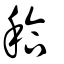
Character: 秴